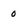
Character: 0